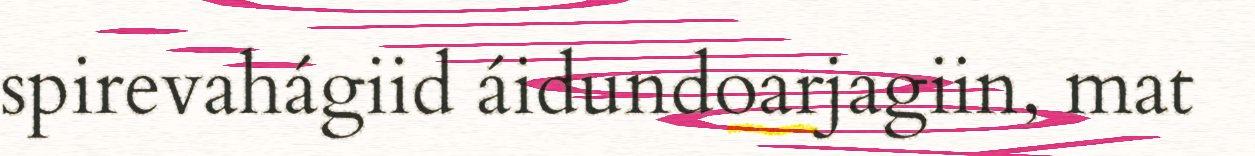
spirevahágiid áidundoarjagiin, mat